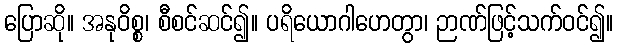
ပြောဆို။ အနုဝိစ္စ၊ စီစင်ဆင်၍။ ပရိယောဂါဟေတွာ၊ ဉာဏ်ဖြင့်သက်ဝင်၍။